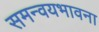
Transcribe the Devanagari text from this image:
समन्वयभावना